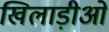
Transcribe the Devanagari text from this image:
खिलाड़ीओं